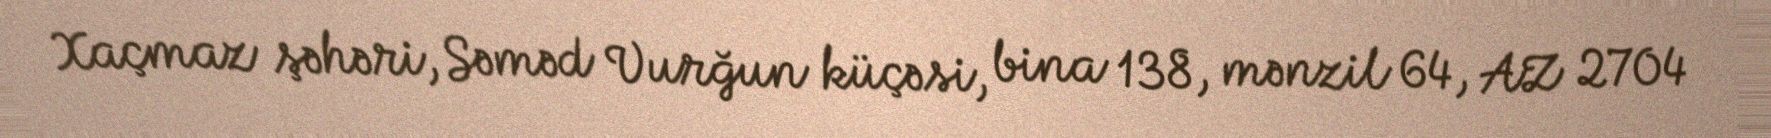
Xaçmaz şəhəri, Səməd Vurğun küçəsi, bina 138, mənzil 64, AZ 2704